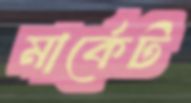
মার্কেট